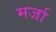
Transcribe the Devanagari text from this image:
मर्जा